Civil Veterinary Department. United Provinces 1923-31 - 1923-1931
Year: 1923
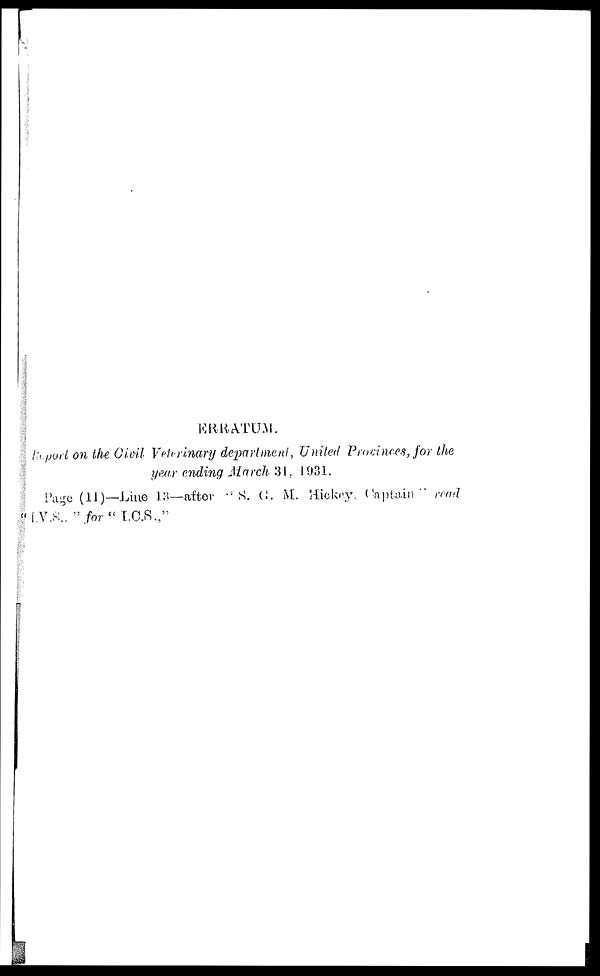
ERRATUM.
Report on the Civil Veterinary department, United Provinces, for the
year ending March 31, 1931.
Page (11)—Line 13—after
S. G. M. Hicke. Captain read
"I.V.S." for "I.C.S.,"